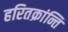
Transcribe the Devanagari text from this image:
हरितक्रांन्ति